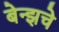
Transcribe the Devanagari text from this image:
बेन्झचे